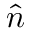
\hat { \boldsymbol { n } }